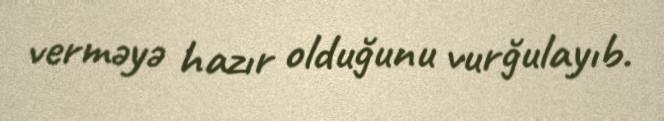
verməyə hazır olduğunu vurğulayıb.